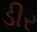
ડીર